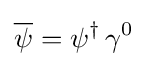
{\overline {\psi }}=\psi ^{\dagger }\,\gamma ^{0}~